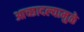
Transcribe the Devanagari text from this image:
आच्छादल्यामुळे